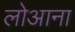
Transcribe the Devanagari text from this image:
लोआना